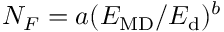
N _ { F } = a ( E _ { \mathrm { M D } } / E _ { \mathrm { d } } ) ^ { b }